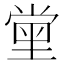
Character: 𡮝